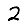
Digit: 2